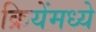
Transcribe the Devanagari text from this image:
क्रियेंमध्ये